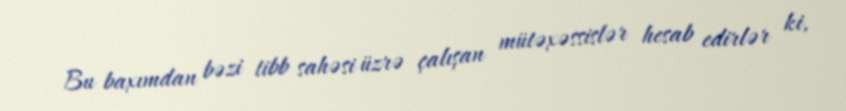
Bu baxımdan bəzi tibb sahəsi üzrə çalışan mütəxəssislər hesab edirlər ki,